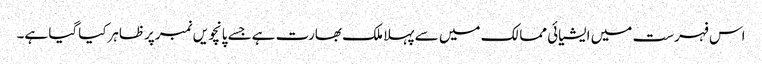
اس فہرست میں ایشیائی ممالک میں سے پہلا ملک بھارت ہےجسے پانچویں نمبرپرظاہرکیاگیا ہے۔